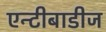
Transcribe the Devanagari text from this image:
एन्टीबाडीज